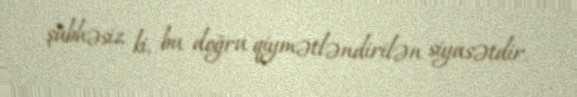
şübhəsiz ki, bu doğru qiymətləndirilən siyasətdir.